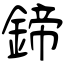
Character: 鍗